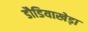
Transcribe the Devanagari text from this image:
डौडियाखेड़ा